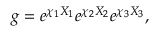
g = e ^ { \chi _ { 1 } X _ { 1 } } e ^ { \chi _ { 2 } X _ { 2 } } e ^ { \chi _ { 3 } X _ { 3 } } ,